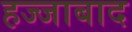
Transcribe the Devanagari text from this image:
हज्जाबाद